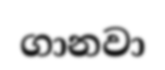
ගානවා